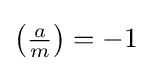
\left({\tfrac {a}{m}}\right)=-1